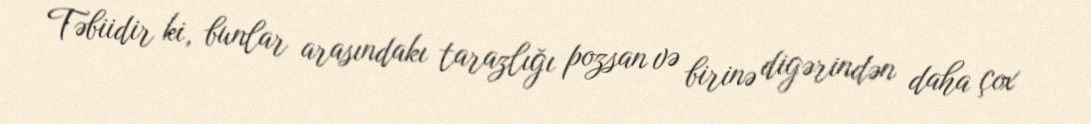
Təbiidir ki, bunlar arasındakı tarazlığı pozsan və birinə digərindən daha çox